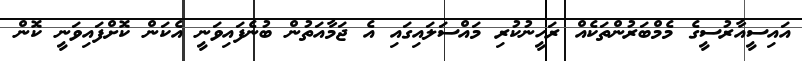
އައިސީއާރުސީގެ މެމްބަރުންތަކެއް ރަހީނުކުރި މައްސަލައިގައި އެ ޖަމާއަތުން ބުނެފައިވަނީ އެކަން ކޮށްފައިވަނީ ކޮން